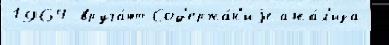
1964 вруча́ют Сод'ержа́н'иjе ана́л'иза